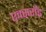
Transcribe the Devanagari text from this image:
एक्सरॉड